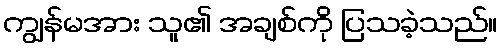
ကျွန်မအား သူ၏ အချစ်ကို ပြသခဲ့သည်။